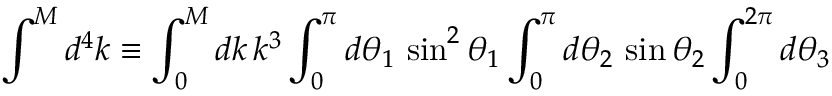
\int ^ { M } d ^ { 4 } k \equiv \int _ { 0 } ^ { M } d k \, k ^ { 3 } \int _ { 0 } ^ { \pi } d \theta _ { 1 } \, \sin ^ { 2 } \theta _ { 1 } \int _ { 0 } ^ { \pi } d \theta _ { 2 } \, \sin \theta _ { 2 } \int _ { 0 } ^ { 2 \pi } d \theta _ { 3 }